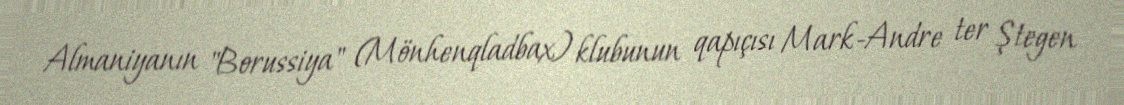
Almaniyanın "Borussiya" (Mönhenqladbax) klubunun qapıçısı Mark-Andre ter Ştegen